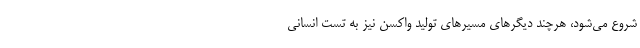
شروع می‌شود، هرچند دیگرهای مسیرهای تولید واکسن نیز به تست انسانی